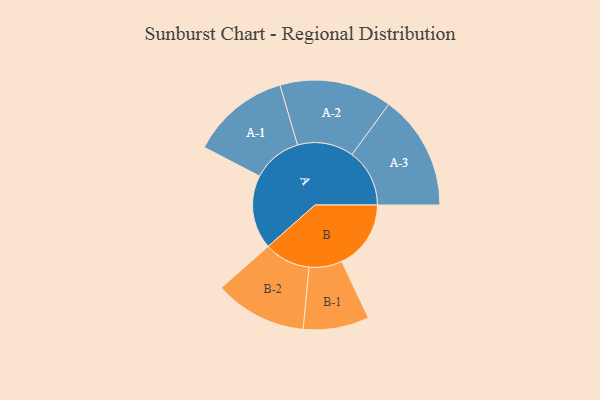
{"axis": {"x": "Segment", "y": "Value"}, "legend": ["", "A", "B"], "data": [{"x": "A", "y": 381, "type": ""}, {"x": "B", "y": 357, "type": ""}, {"x": "A-1", "y": 255, "type": "A"}, {"x": "A-2", "y": 290, "type": "A"}, {"x": "A-3", "y": 297, "type": "A"}, {"x": "B-1", "y": 170, "type": "B"}, {"x": "B-2", "y": 238, "type": "B"}]}